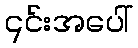
၎င်းအပေါ်